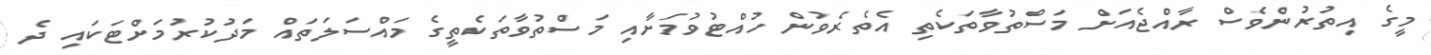
މީގެ އިތުރުންވެސް ރާއްޖެއަށް މަސްތުވާތަކެތި އެތެރެވުން ހުއްޓުވުމަށާއި މަސްތުވާތަކެތީގެ މައްސަލަތައް މަދުކުރުމަށްޓަކައި ދެ